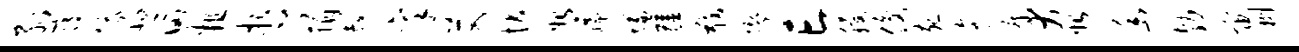
弧寝俄悲田粗哲捐超禀艾状始孺慊疆戢缪亡稷俊宛迤瘴犬始幽勃宙劂